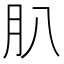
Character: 𦘩